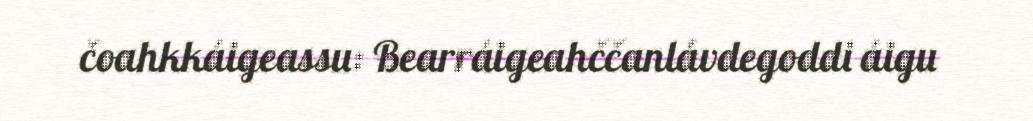
čoahkkáigeassu: Bearráigeahččanlávdegoddi áigu